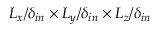
L _ { x } / \delta _ { i n } \times L _ { y } / \delta _ { i n } \times L _ { z } / \delta _ { i n }